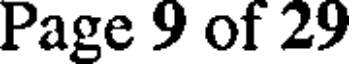
Page 9 of 29